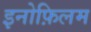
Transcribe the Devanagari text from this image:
इनोफ़िलम